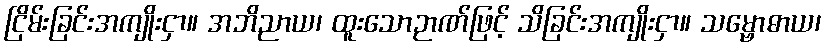
ငြိမ်းခြင်းအကျိုးငှာ။ အဘိညာယ၊ ထူးသောဉာဏ်ဖြင့် သိခြင်းအကျိုးငှာ။ သမ္ဗောဓာယ၊